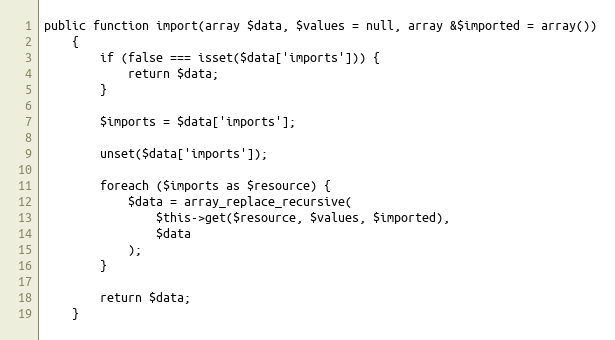
Language: PHP
public function import(array $data, $values = null, array &$imported = array())
    {
        if (false === isset($data['imports'])) {
            return $data;
        }

        $imports = $data['imports'];

        unset($data['imports']);

        foreach ($imports as $resource) {
            $data = array_replace_recursive(
                $this->get($resource, $values, $imported),
                $data
            );
        }

        return $data;
    }